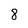
Character: 8